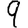
Digit: 9